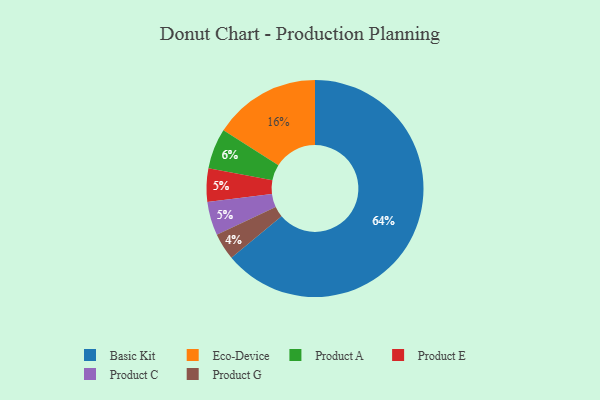
{"axis": {"x": "Category", "y": "Percentage"}, "legend": ["Basic Kit", "Eco-Device", "Product A", "Product C", "Product E", "Product G"], "data": [{"x": "Product E", "y": 5, "type": "Product E"}, {"x": "Product C", "y": 5, "type": "Product C"}, {"x": "Product G", "y": 4, "type": "Product G"}, {"x": "Product A", "y": 6, "type": "Product A"}, {"x": "Basic Kit", "y": 64, "type": "Basic Kit"}, {"x": "Eco-Device", "y": 16, "type": "Eco-Device"}]}